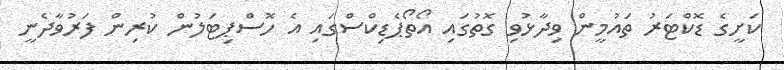
ކަށީގެ ޑޮކްޓަރު ތައުމީން ވިދާޅުވި ގޮތުގައި އޯތޯޕެޑިކްސްގައި އެ ހޮސްޕިޓަލުން ކުރިން ފަރުވާދެނީ